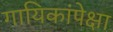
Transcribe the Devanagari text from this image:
गायिकांपेक्षा